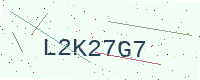
Text: L2K27G7